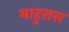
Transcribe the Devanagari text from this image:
माहुरास